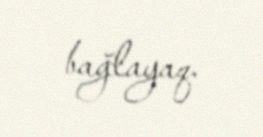
bağlayaq.